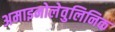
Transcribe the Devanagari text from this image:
अमाइनोलेवुलिनिक